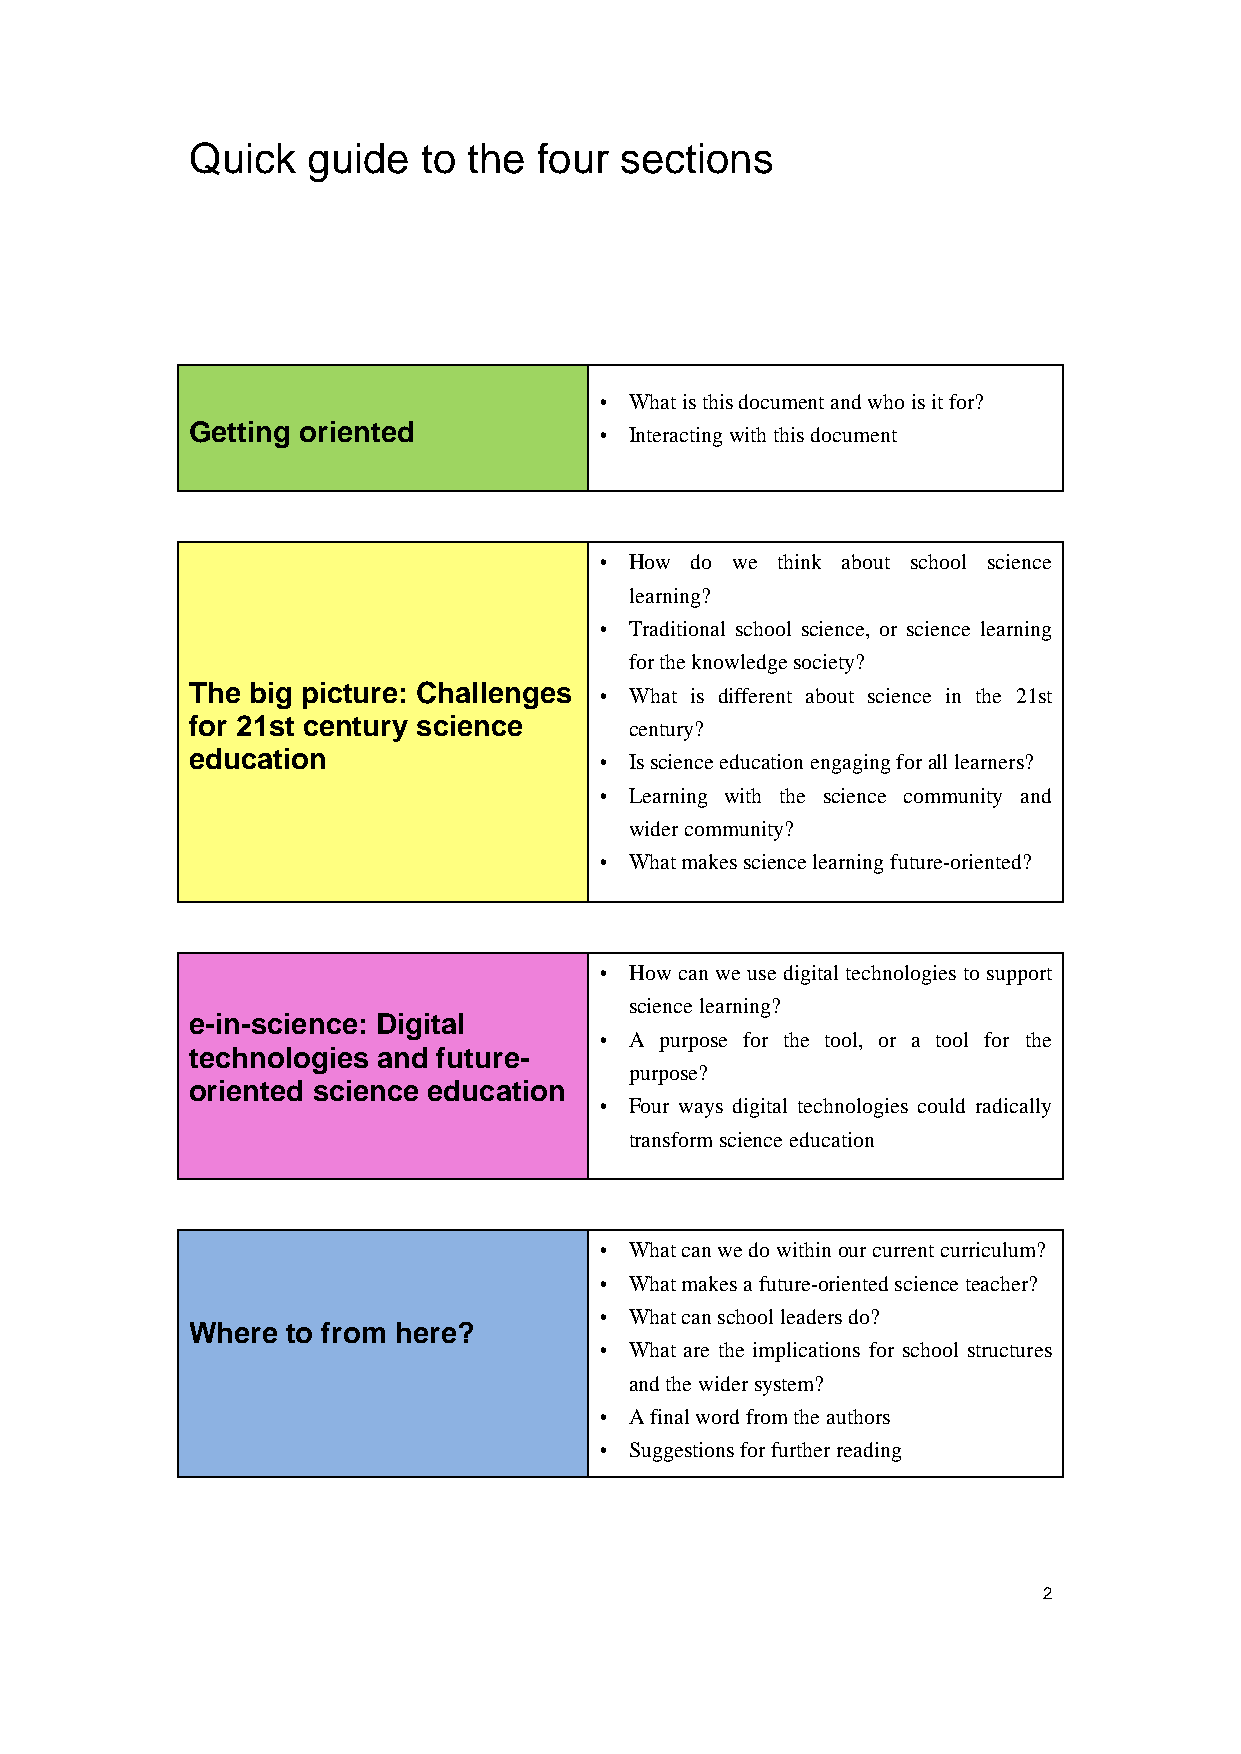
Quick  guide   to the  four sections
  What is this document and who is it for?
 Getting oriented            Interacting with this document
  How do we think about school science
 learning?
  Traditional school science, or science learning
 for the knowledge society?
 The big picture: Challenges  What is different about science in the 21st
 for 21st century science     century?
 education                   Is science education engaging for all learners?
  Learning with the science community and
 wider community?
  What makes science learning future-oriented?
  How can we use digital technologies to support
 science learning?
 e-in-science: Digital
  A purpose for the tool, or a tool for the
 technologies and future-
 purpose?
 oriented science education
  Four ways digital technologies could radically
 transform science education
  What can we do within our current curriculum?
  What makes a future-oriented science teacher?
  What can school leaders do?
 Where to from here?
  What are the implications for school structures
 and the wider system?
  A final word from the authors
  Suggestions for further reading
 2